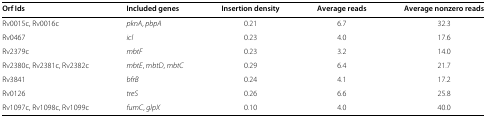
| Orf Ids | Included genes | Insertion density | Average reads | Average nonzero reads |
 | --- | --- | --- | --- | --- |
 | Rv0015c, Rv0016c | pknA, pbpA | 0.21 | 6.7 | 32.3 |
 | Rv0467 | icl | 0.23 | 4.0 | 17.6 |
 | Rv2379c | mbtF | 0.23 | 3.2 | 14.0 |
 | Rv2380c, Rv2381c, Rv2382c | mbtE, mbtD, mbtC | 0.29 | 6.4 | 21.7 |
 | Rv3841 | bfrB | 0.24 | 4.1 | 17.2 |
 | Rv0126 | treS | 0.26 | 6.6 | 25.8 |
 | Rv1097c, Rv1098c, Rv1099c | fumC, glpX | 0.10 | 4.0 | 40.0 |